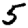
Digit: 5